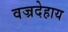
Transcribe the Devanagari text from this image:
वज्रदेहाय